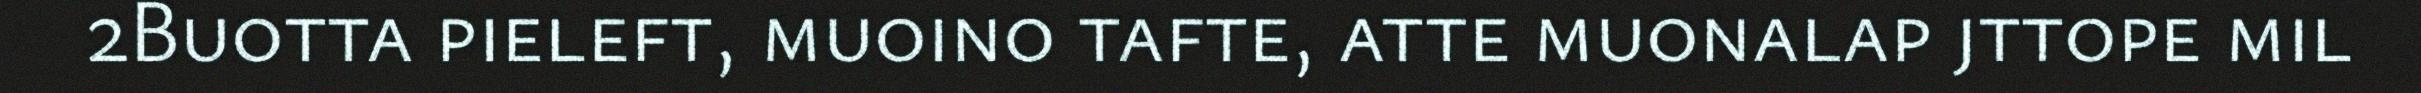
2Buotta pieleft, muoino tafte, atte muonalap jttope mil